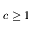
c \ge 1